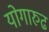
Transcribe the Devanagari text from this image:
योगारुढ